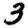
Digit: 3